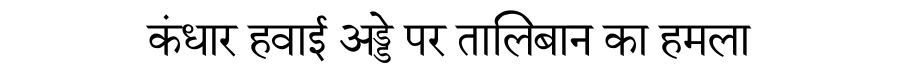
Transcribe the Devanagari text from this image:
कंधार हवाई अड्डे पर तालिबान का हमला